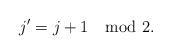
LaTeX: \begin{align*}j'=j+1 \mod 2.\end{align*}